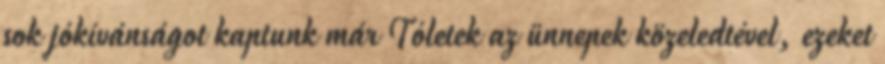
sok jókívánságot kaptunk már Tóletek az ünnepek közeledtével, ezeket